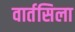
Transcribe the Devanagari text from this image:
वार्तसिला